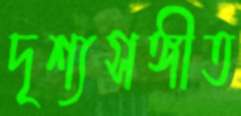
দৃশ্যসঙ্গীত